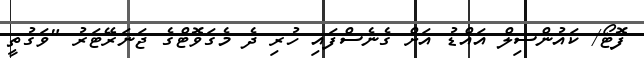
ފޮޓޯ/ ކައުންސިލް އައްޑު އަށް ގެނެސްފައި ހުރި ދެ މެގަވޮޓްގެ ޖަނަރޭޓަރު "ވަގުތީ